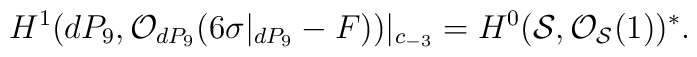
H^{1} (dP_9, {\cal O}_{dP_9} (6 \sigma|_{dP_9} -F))|_{c_{-3}}=H^{0} ({\cal S}, {\cal O}_{{\cal S}} (1))^{*}.